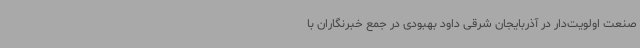
صنعت اولویت‌دار در آذربایجان شرقی داود بهبودی در جمع خبرنگاران با